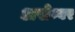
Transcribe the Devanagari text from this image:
असेम्बर